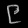
Digit: ၉